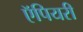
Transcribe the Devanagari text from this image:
ऍपियरी